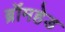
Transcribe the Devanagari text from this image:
ब्रॉमहेड